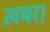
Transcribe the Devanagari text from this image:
ख़बर।